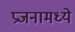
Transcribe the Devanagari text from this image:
प्रजनामध्ये